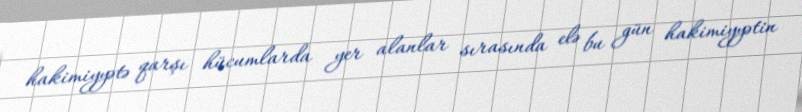
hakimiyyətə qarşı hücumlarda yer alanlar sırasında elə bu gün hakimiyyətin